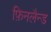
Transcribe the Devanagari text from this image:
फ़िनलैन्ड